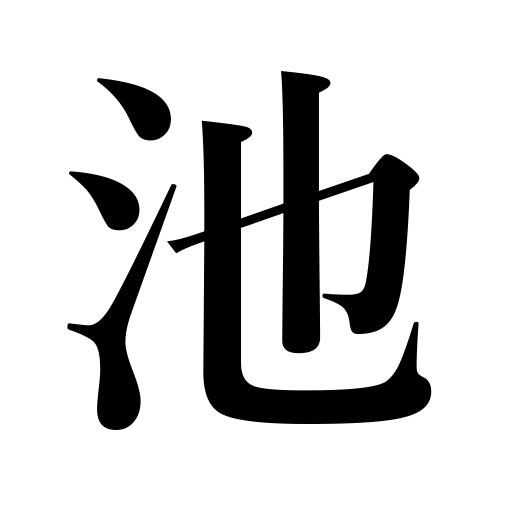
Meanings: pond,basin,reservoir,cistern,pool